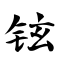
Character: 铉